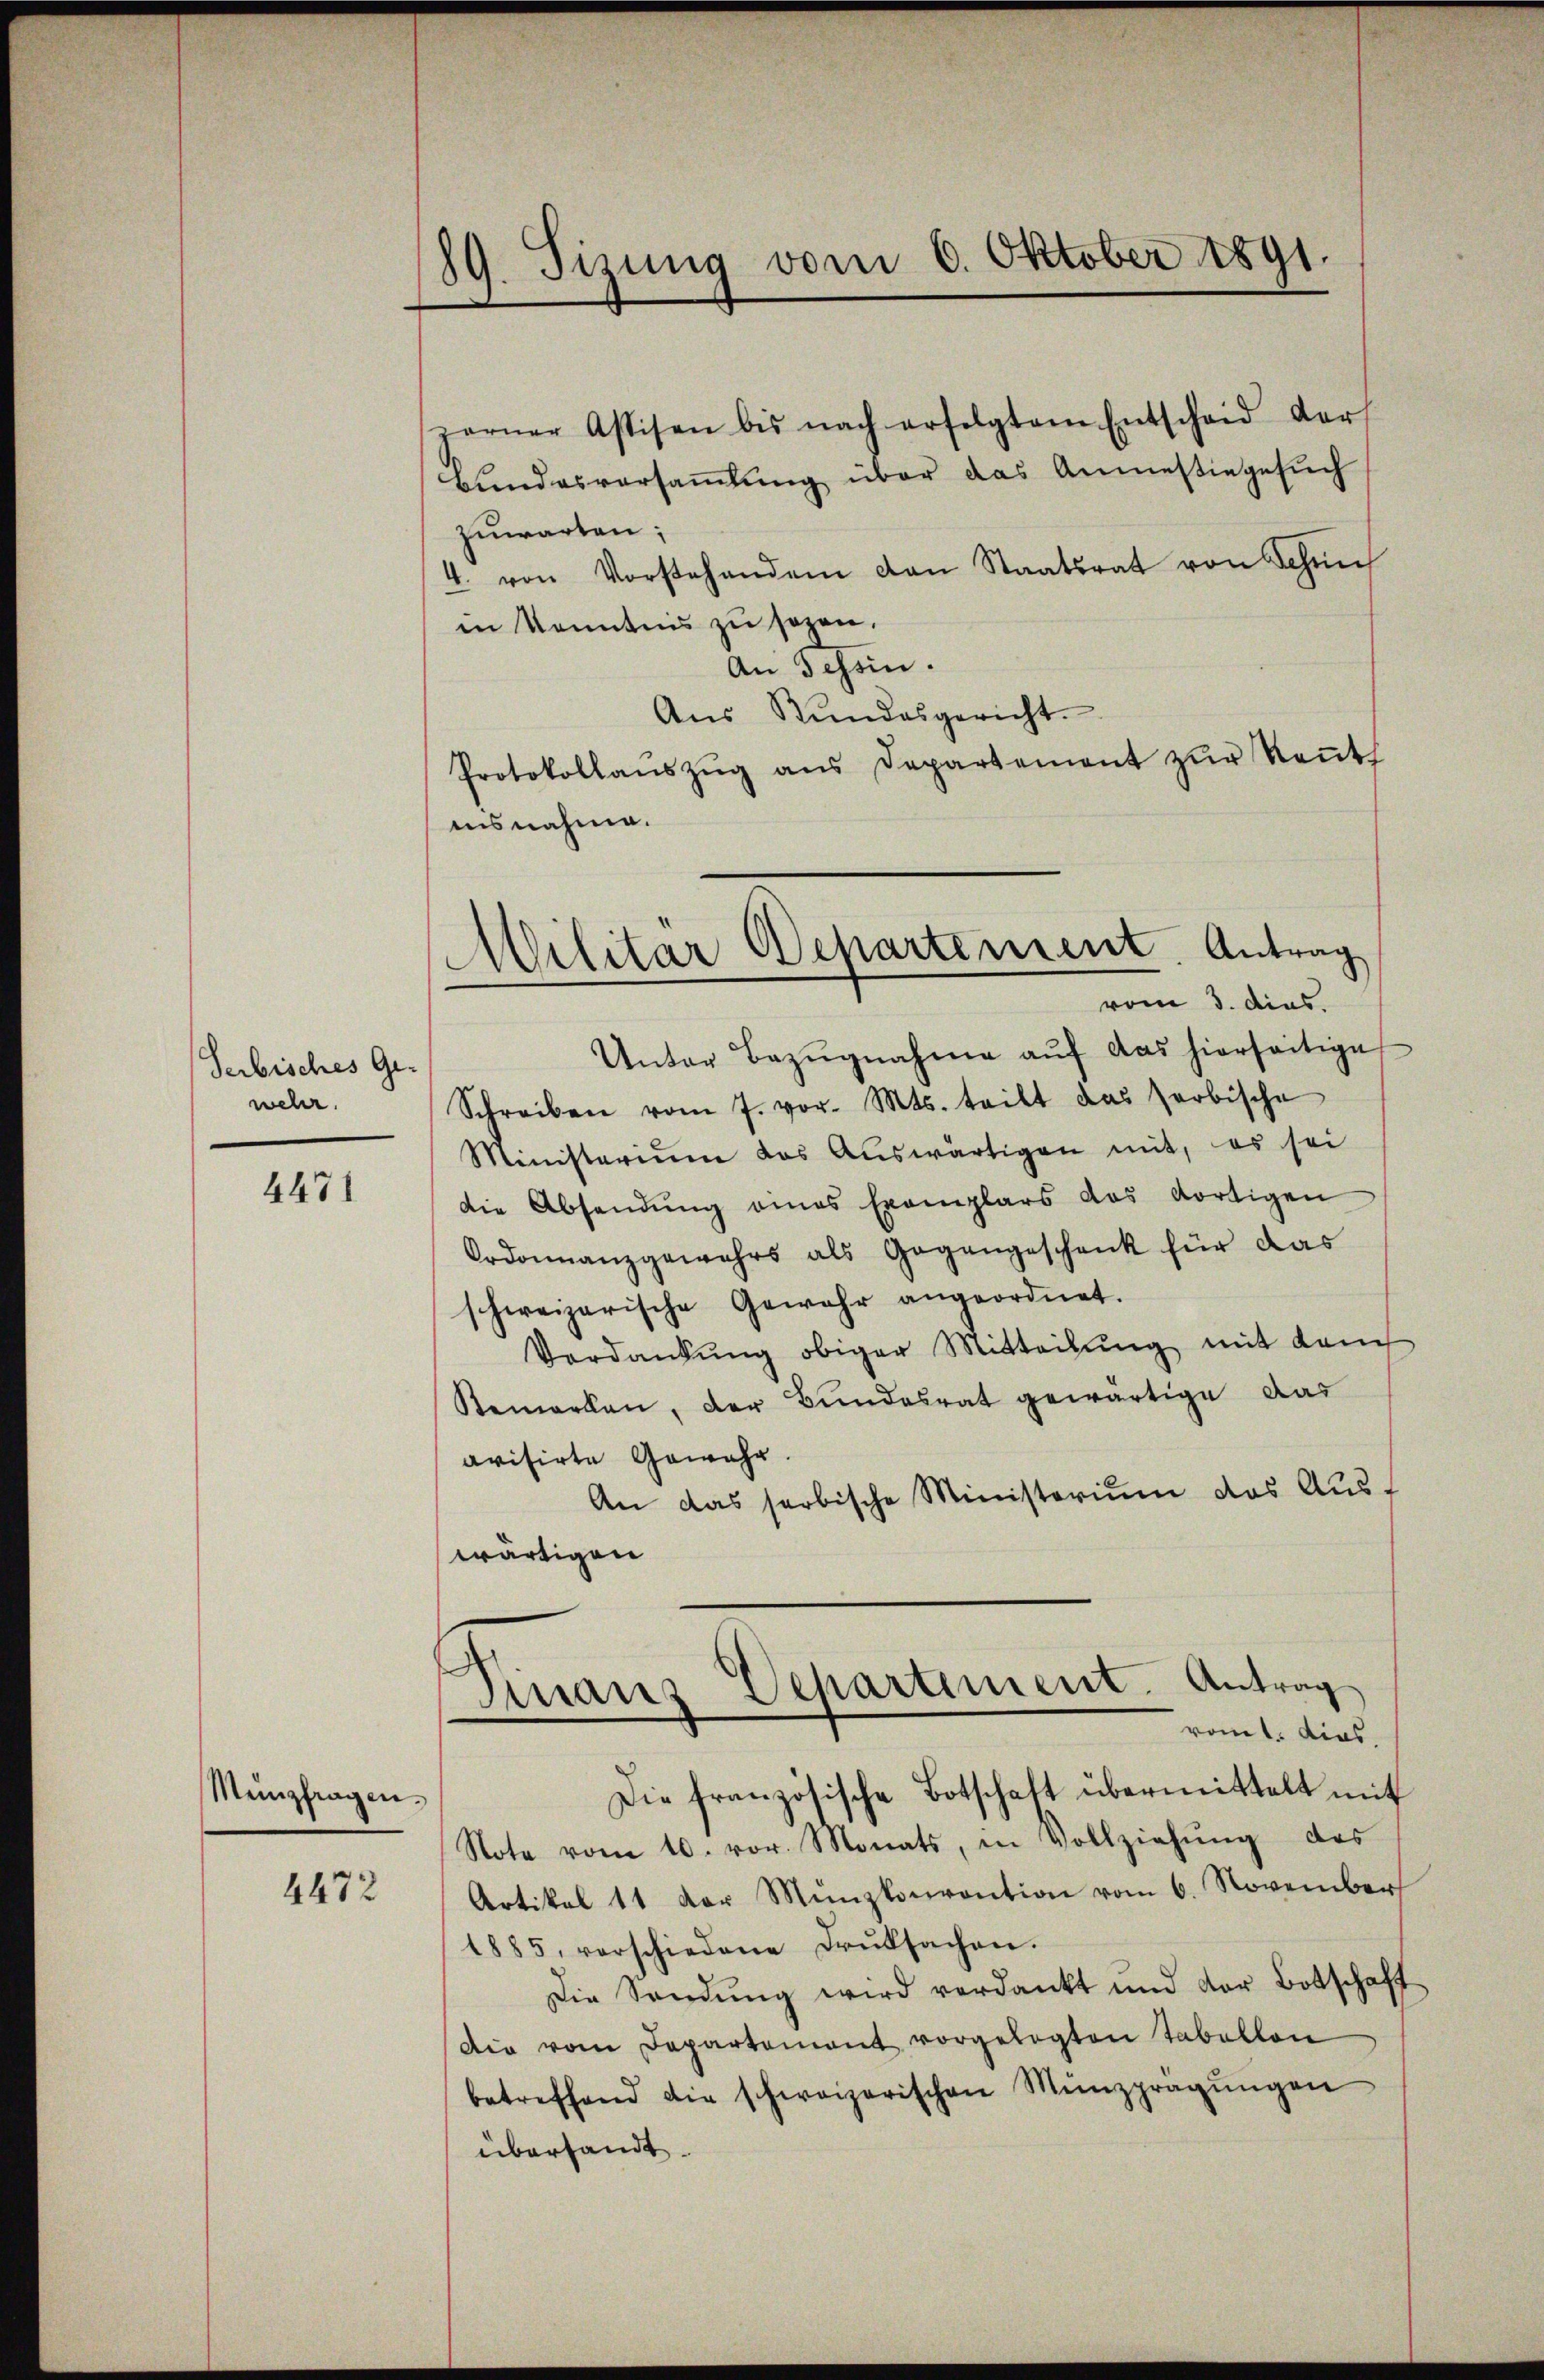
Serbisches Ge-
wehr.

Münzfragen.

4471

4472

189. Sizung vom 6. Oktober 1891.

zerner Assisen bis nach erfolgtem Entscheid der
Bundesversammlung über das Anmesiegesuch
zuwarten;
4. von Vorstehenden von Staatsrat von Schöne
in Kenntnis zu sezen.
An Tessin.
Aŭs Rŭndesgericht.
Protokollaŭszŭg ans Departement zŭr Keṅt
isnahme.
Schreiben vom 7. vor. Mts. teilt das farbische
Ministerium das Aŭswärtigen mit, es sei
die Absendŭng eines Exemplars das dortigen
Ordonnanzgewahrs als Gegengeschenk für das
schweizerische Gewahr angeordnet.
Verdankŭng obiger Mitteilŭng mit dem
Remarken, der Bundesrat gewärtige das
avisirte Gewahr
An das serbische Ministerium das Auswärtigen
Finans Departiment. Antrag
romt dies
Die französische Botschaft übermittelt mit
Note vom 10. vor. Monats, in Vollziehŭng des
Artikel 11 der Münzkonvention vom 6. November
1885, verschiedene Druksachen.
Die Sendung wird verdankt und der Botschaft
Die vom Departement vorgelegten Tabellen
betreffend die schweizerischen Münzpragŭngen
übersandt.

Militär Departement. Antrag
vom 3. dies.
Unter Bezŭgnahme aŭf das hierseitige